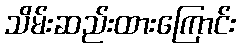
သိမ်းဆည်းထားကြောင်း